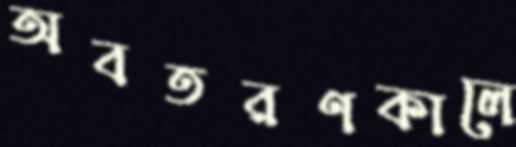
অবতরণকালে